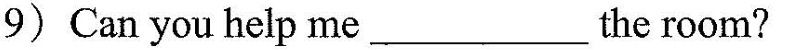
9) Can you help me ___ the room?